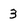
Character: 3